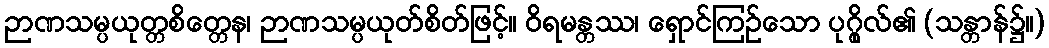
ဉာဏသမ္ပယုတ္တစိတ္တေန၊ ဉာဏသမ္ပယုတ်စိတ်ဖြင့်။ ဝိရမန္တဿ၊ ရှောင်ကြဉ်သော ပုဂ္ဂိုလ်၏ (သန္တာန်၌။)